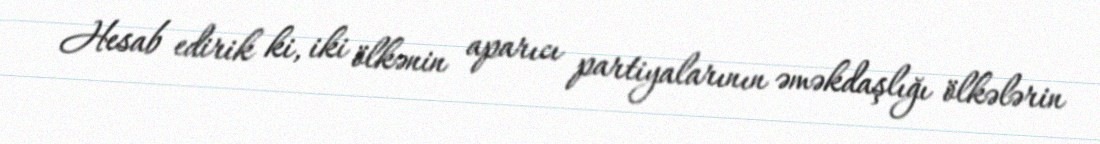
Hesab edirik ki, iki ölkənin aparıcı partiyalarının əməkdaşlığı ölkələrin